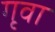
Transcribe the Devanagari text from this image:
गृवा